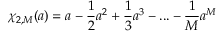
\chi _ { 2 , M } ( a ) = a - \frac 1 2 a ^ { 2 } + \frac 1 3 a ^ { 3 } - . . . - \frac 1 M a ^ { M }